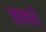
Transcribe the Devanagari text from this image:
तातपर्य